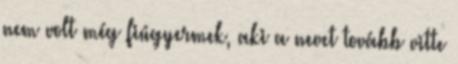
nem volt még fiúgyermek, aki a nevet tovább vitte